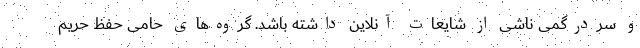
و سردرگمی ناشی از شایعات آنلاین داشته باشد. گروه‌های حامی حفظ حریم